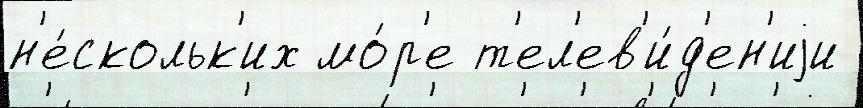
н'е́скольк'их мо́р'е т'ел'ев'и́д'ен'иjи